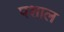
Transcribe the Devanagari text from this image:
पशाल